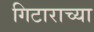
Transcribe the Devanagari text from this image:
गिटाराच्या